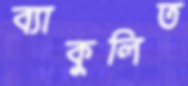
ব্যাকুলিত